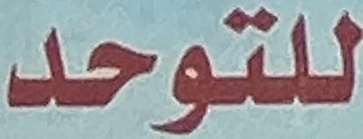
للتوحد